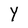
Character: Y